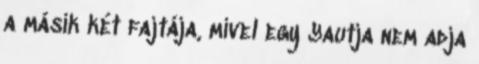
a másik két fajtája, mivel egy Yautja nem adja